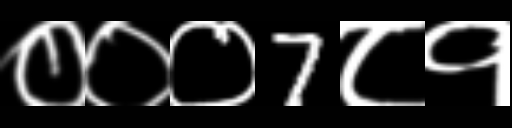
Text: ०००7८१